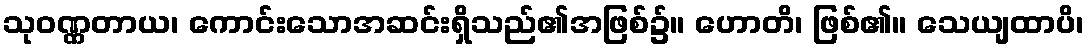
သုဝဏ္ဏတာယ၊ ကောင်းသောအဆင်းရှိသည်၏အဖြစ်၌။ ဟောတိ၊ ဖြစ်၏။ သေယျထာပိ၊